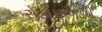
રોકાણનવી